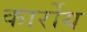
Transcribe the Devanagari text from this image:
कार्रोय